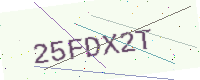
Text: 25FDX2T